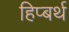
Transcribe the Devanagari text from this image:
हिप्बर्थ